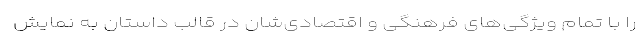
را با تمام ویژگی‌های فرهنگی و اقتصادی‌شان در قالب داستان به نمایش